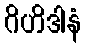
ဂိဟိဒါနံ